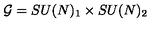
{ \cal G } = S U ( N ) _ { 1 } \times S U ( N ) _ { 2 }